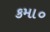
કમા૦